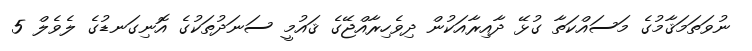
ނުވަތަމަޤާމުގެ މަސައްކަތާ ގުޅޭ ދާއިރާއަކުން ދިވެހިރާއްޖޭގެ ޤައުމީ ސަނަދުތަކުގެ އޮނިގަނޑުގެ ލެވެލް 5